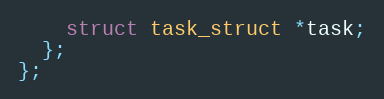
Language: C++
    struct task_struct *task;
  };
};